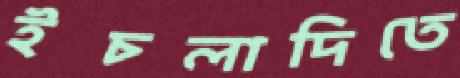
ইচলাদিতে